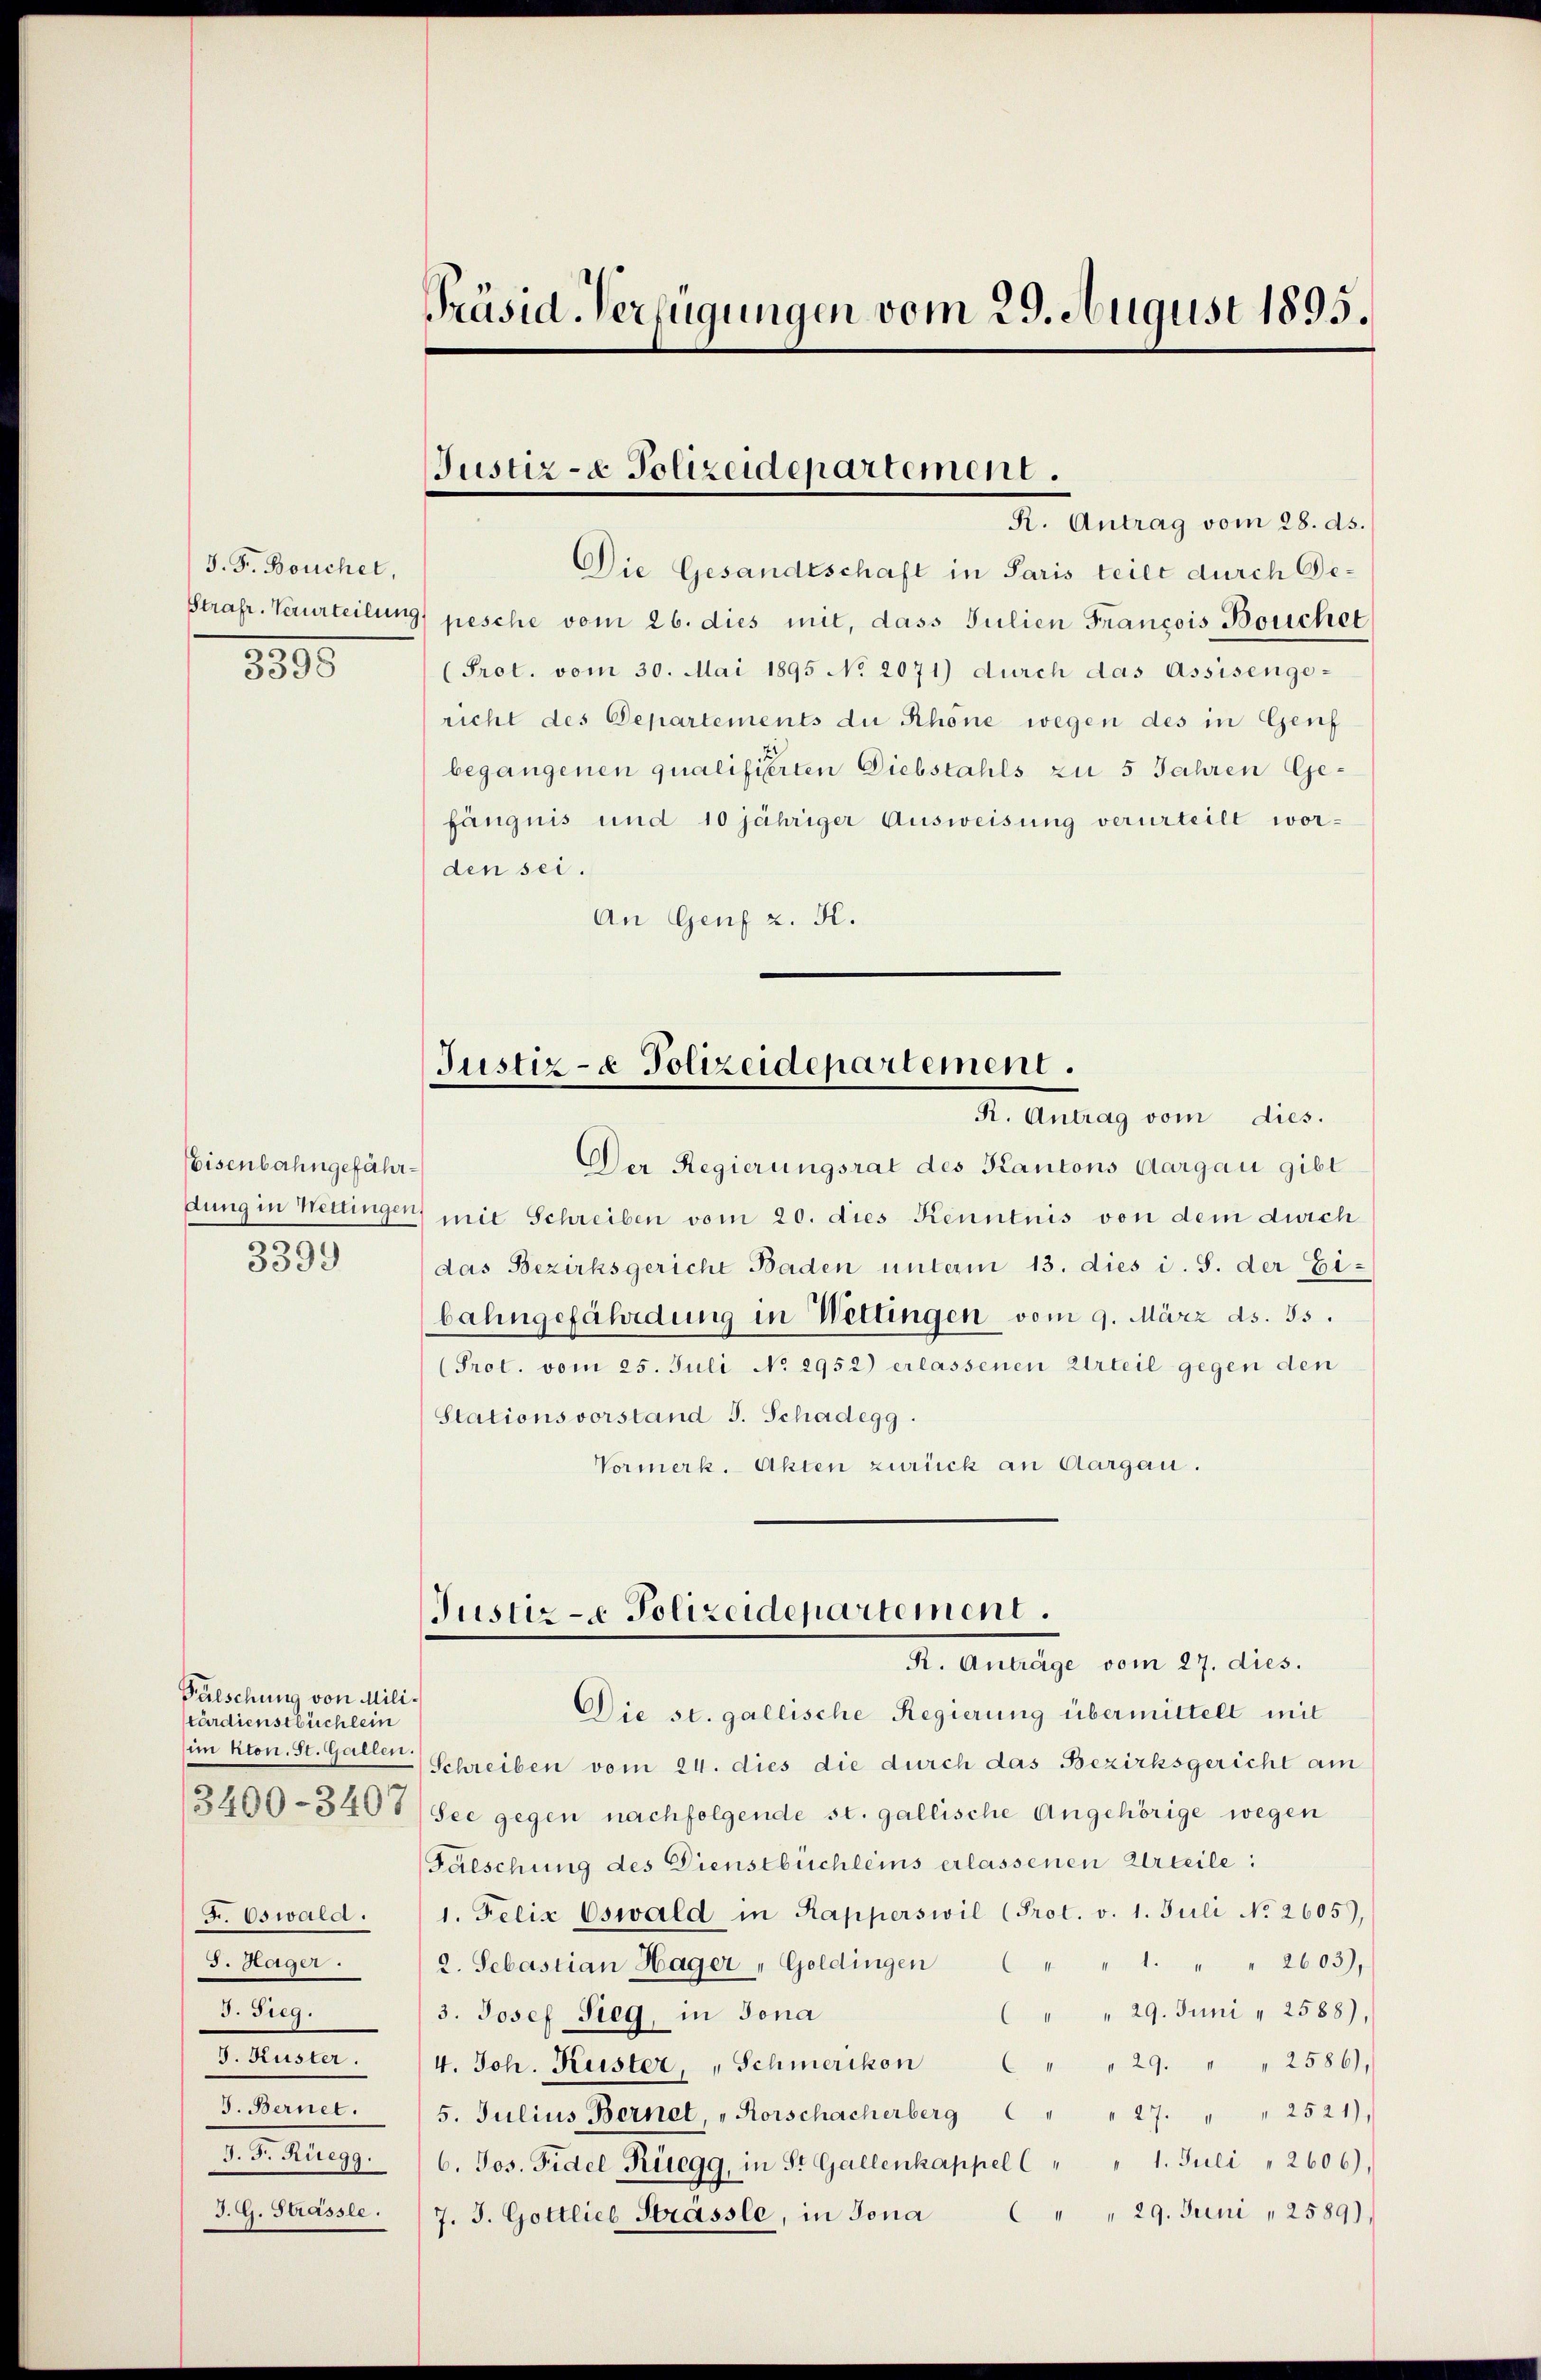
J. F. Bouchet,
3335

Eisenbahngefährdung in Wettingen
3399

Fälschung von Militärdienstbüchlein
im kon. St. Gallen.
3400-3407
F. Oswald.
3. Häger.
3. Sieg.
d. Augen,
8. Bernet.
Beisinge
J. G. Strassle.

Präsid. Verfügungen vom 29. August 1895.

Justiz- & Polizeidepartement.
R. Antrag vom 28. ds.

Die Gesandtschaft in Paris teilt durch Ge¬
Strafr. Verurteilung) pesche vom 26. dies mit, dass Julien Francois Bouchet
(Prot. vom 30. Mai 1895 No 2071) durch das Assisengericht des Departements du Schöne wegen des in Genf
begangenen qualifierten Diebstahls zu 5 Jahren Gefängnis und 10 jähriger Ausweisung verurteilt worden sei.
An Genf z. K.

Justiz- & Polizeidepartement.
R. Antrag vom dies.

Justiz- & Polizeidepartement.
R. Anträge vom 27. dies.

Der Regierungsrat des Kantons Aargau gibt
) mit Schreiben vom 20. dies Kenntnis von dem durch
das Bezirksgericht Baden unterm 13. dies i. S. der Eibahngefährdung in Wettingen vom 9. März ds. 55.
(Prot. vom 25. Juli No 2952) erlassenen Urteil gegen den
Stationsvorstand J. Schadegg.
Vormerk. Akten zurück an Aargau.
Die st. gallische Regierung übermittelt mit
Schreiben vom 24. dies die durch das Bezirksgericht am
See gegen nachfolgende st. gallische Angehörige wegen
Falschung des Dienstbüchleins erlassenen Urteile:
1. Felix Eswald in Kapperswil (Prot. v. 1. Juli No 2605),
2. Sebastian Hager " Goldingen " " 1. " " 2603),
 " " 29. Juni " 2588),
3. Josef Sieg, in Jona
4. Joh. Kuster, " Schmerikon " " " 29. " " 2586),
5. Julius Bernet, "Rorschacherberg   " " 27. " " 2521),
6. Jos. Fidel Ruegg, in St. Gallenkappel ( " " 1. Juli " 2606).
 " " 29. Juni " 2589).
J. J. Gottlieb Strassle, in Jona